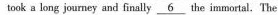
took a long journey and finally \underline{6} the immortal.The